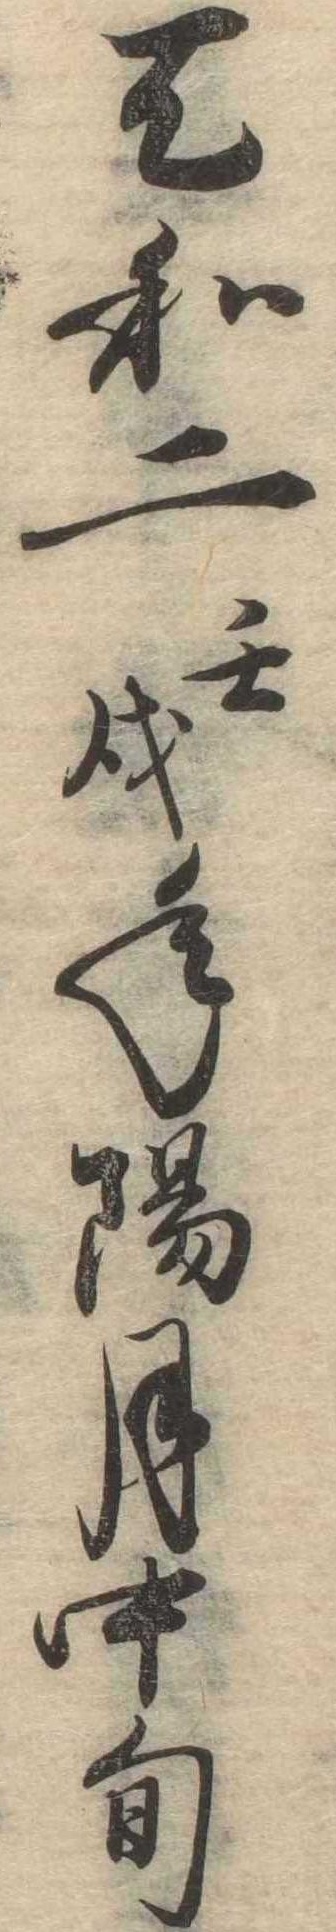
天和二閏戌年陽月中旬